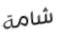
شامة